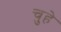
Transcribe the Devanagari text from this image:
चुहे